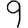
Digit: 9